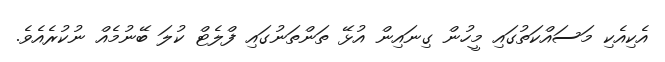
އެކިއެކި މަސައްކަތުގައި މީހުން ގިނައިން އުޅޭ ތަންތަނުގައި ފްލެޓް ކުލަ ބޭނުމެއް ނުކުރެއެވެ.